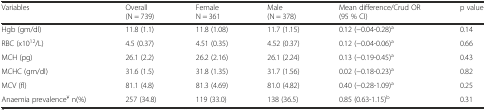
| Variables | Overall (N = 739) | Female N = 361 | Male (N = 378) | Mean difference/Crud OR (95 % CI) | p value |
 | --- | --- | --- | --- | --- | --- |
 | Hgb (gm/dl) | 11.8 (1.1) | 11.8 (1.08) | 11.7 (1.15) | 0.12 (−0.04-0.28)a | 0.14 |
 | RBC (x1012/L) | 4.5 (0.37) | 4.51 (0.35) | 4.52 (0.37) | 0.12 (−0.04-0.06)a | 0.66 |
 | MCH (pg) | 26.1 (2.2) | 26.2 (2.16) | 26.1 (2.24) | 0.13 (−0.19-0.45)a | 0.43 |
 | MCHC (gm/dl) | 31.6 (1.5) | 31.8 (1.35) | 31.7 (1.56) | 0.02 (−0.18-0.23)a | 0.82 |
 | MCV (fl) | 81.1 (4.8) | 81.3 (4.69) | 81.0 (4.82) | 0.40 (−0.28-1.09)a | 0.25 |
 | Anaemia prevalence¥ n(%) | 257 (34.8) | 119 (33.0) | 138 (36.5) | 0.85 (0.63-1.15)b | 0.31 |